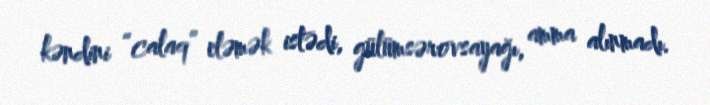
kəndini “calaq” eləmək istədi, gülümsərovsayağı, amma alınmadı.